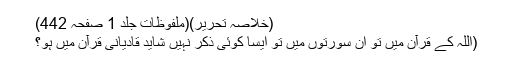
(خلاصہ تحریر)(ملفوظات جلد 1 صفحہ 442)
(اللہ کے قرآن میں تو ان سورتوں میں تو ایسا کوئی ذکر نہیں شاید قادیانی قرآن میں ہو؟